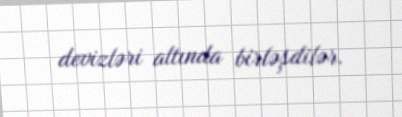
devizləri altında birləşdilər.